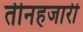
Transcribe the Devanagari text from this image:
तीनहजारी